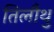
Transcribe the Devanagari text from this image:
तिलौथु